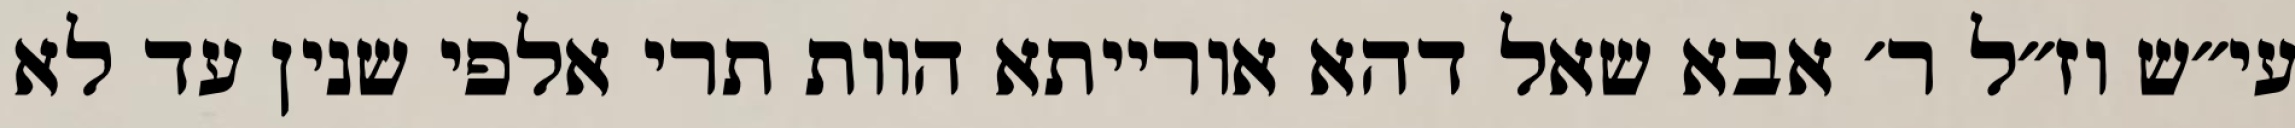
עי״ש וז״ל ר׳ אבא שאל דהא אורייתא הוות תרי אלפי שנין עד לא